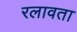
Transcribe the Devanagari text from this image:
रलावता